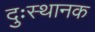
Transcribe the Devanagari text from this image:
दुःस्थानक